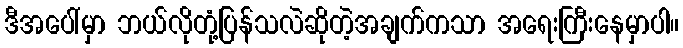
ဒီအပေါ်မှာ ဘယ်လိုတုံ့ပြန်သလဲဆိုတဲ့အချက်ကသာ အရေးကြီးနေမှာပါ။